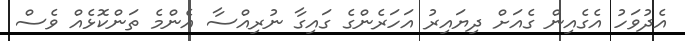
އެދުވަހު އެގެއިން ގެއަށް ދިޔައިރު އަހަރެންގެ ގައިގާ ނުރިއްސާ އެންމެ ތަންކޮޅެއް ވެސް